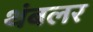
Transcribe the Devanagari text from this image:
थंबलर